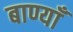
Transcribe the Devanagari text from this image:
बाण्याँ